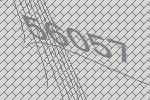
56057